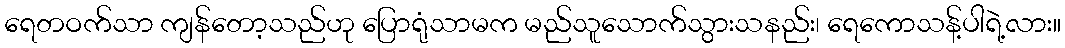
ရေတဝက်သာ ကျန်တော့သည်ဟု ပြောရုံသာမက မည်သူသောက်သွားသနည်း၊ ရေကောသန့်ပါရဲ့လား။